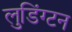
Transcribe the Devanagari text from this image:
लुडिंग्टन